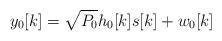
LaTeX: \begin{align*}y_0[k]=\sqrt{P_0}h_0[k]s[k]+w_0[k]\end{align*}